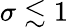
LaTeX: \sigma\lesssim 1